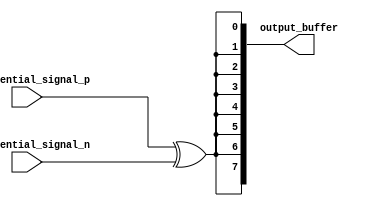
module ECL_Buffer(
    input differential_signal_p,
    input differential_signal_n,
    output reg [7:0] output_buffer
);

//Differential input stage
reg differential_input;

always @* begin
    differential_input = differential_signal_p ^ differential_signal_n;
end

//Fanout buffer
always @* begin
    output_buffer = {8{differential_input}};
end

//Impedance matching, signal termination, power distribution, control logic, etc. can be implemented here

endmodule